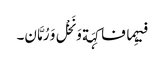
فیہِما فاکِہَة وَ نَخْل وَ رُمَّان۔